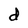
Character: d